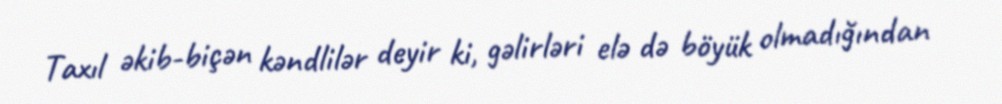
Taxıl əkib-biçən kəndlilər deyir ki, gəlirləri elə də böyük olmadığından